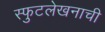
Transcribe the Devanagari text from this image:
स्फुटलेखनाची